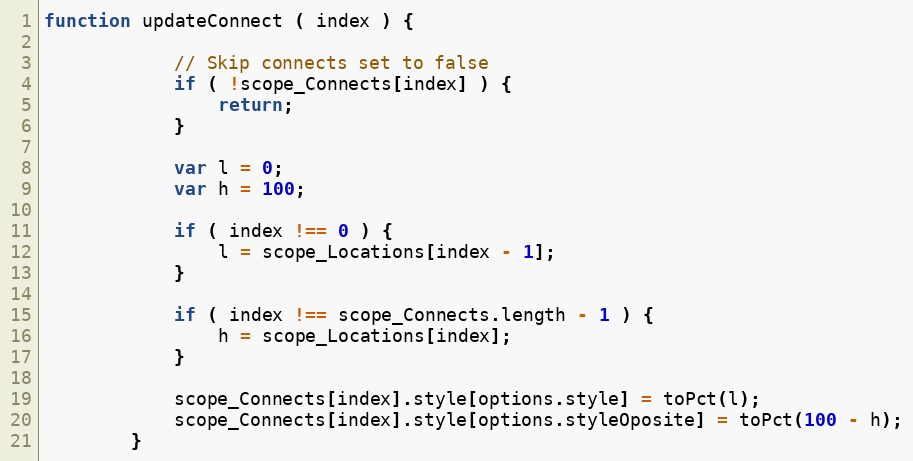
Language: JavaScript
function updateConnect ( index ) {

            // Skip connects set to false
            if ( !scope_Connects[index] ) {
                return;
            }

            var l = 0;
            var h = 100;

            if ( index !== 0 ) {
                l = scope_Locations[index - 1];
            }

            if ( index !== scope_Connects.length - 1 ) {
                h = scope_Locations[index];
            }

            scope_Connects[index].style[options.style] = toPct(l);
            scope_Connects[index].style[options.styleOposite] = toPct(100 - h);
        }